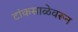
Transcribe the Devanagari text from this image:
टांकसाळेवरून